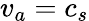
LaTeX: v_{a}=c_{s}